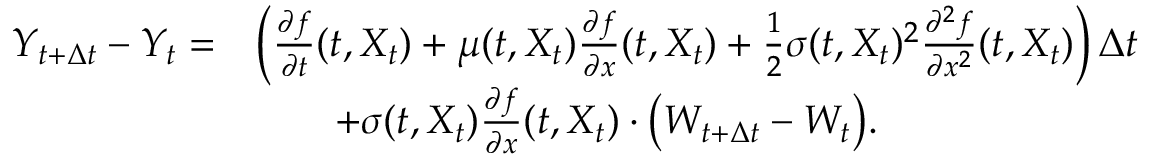
\begin{array} { r l } { Y _ { t + \Delta t } - Y _ { t } = } & { \left( \frac { \partial f } { \partial t } ( t , X _ { t } ) + \mu ( t , X _ { t } ) \frac { \partial f } { \partial x } ( t , X _ { t } ) + \frac { 1 } { 2 } \sigma ( t , X _ { t } ) ^ { 2 } \frac { \partial ^ { 2 } f } { \partial x ^ { 2 } } ( t , X _ { t } ) \right) \Delta t } \\ & { \qquad + \sigma ( t , X _ { t } ) \frac { \partial f } { \partial x } ( t , X _ { t } ) \cdot \bigl ( W _ { t + \Delta t } - W _ { t } \bigr ) . } \end{array}